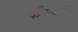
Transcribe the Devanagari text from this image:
कँम्पस